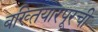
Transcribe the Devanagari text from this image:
बख्तियारपूरची